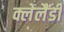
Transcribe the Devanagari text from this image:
क्लेलैंडी